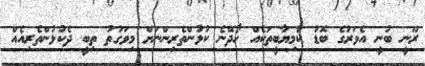
ރޫނީ ބުނީ އެވަރުގެ ބޮޑު ކާމިޔާބީތަކެއް ހޯދޭނެ ކުޅުންތެރިންނަށް މިވަގުތު ތިބީ ދެކުޅުންތެރިއެއް